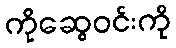
ကိုဆွေဝင်းကို